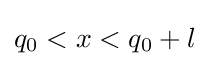
q_{0}<x<q_{0}+l